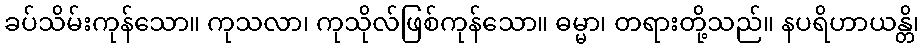
ခပ်သိမ်းကုန်သော။ ကုသလာ၊ ကုသိုလ်ဖြစ်ကုန်သော။ ဓမ္မာ၊ တရားတို့သည်။ နပရိဟာယန္တိ၊